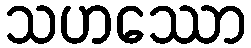
သဟဿော